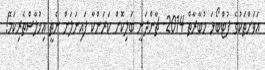
އަވަށްތަކުގެ ފުޓްބޯޅަ މުބާރާތް 2014- ޗާންދަނީ ބަލިކޮށް ކަރަންކާ ފައިނަލަށް ނެތީ އިޚުލާސްތެރިކަމޭ!